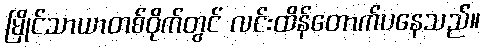
မြိုင်သာယာတစ်ဝိုက်တွင် လင်းထိန်တောက်ပနေသည်။